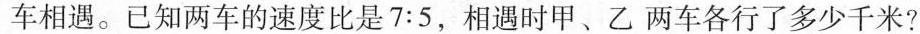
车相遇。已知两车的速度比是$$7 : 5$$，相遇时甲、乙两车各行了多少千米?